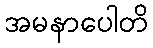
အမနာပေါတိ